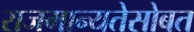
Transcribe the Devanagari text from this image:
राजमान्यतेसोबत